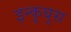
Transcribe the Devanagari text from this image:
इन्कुबुस